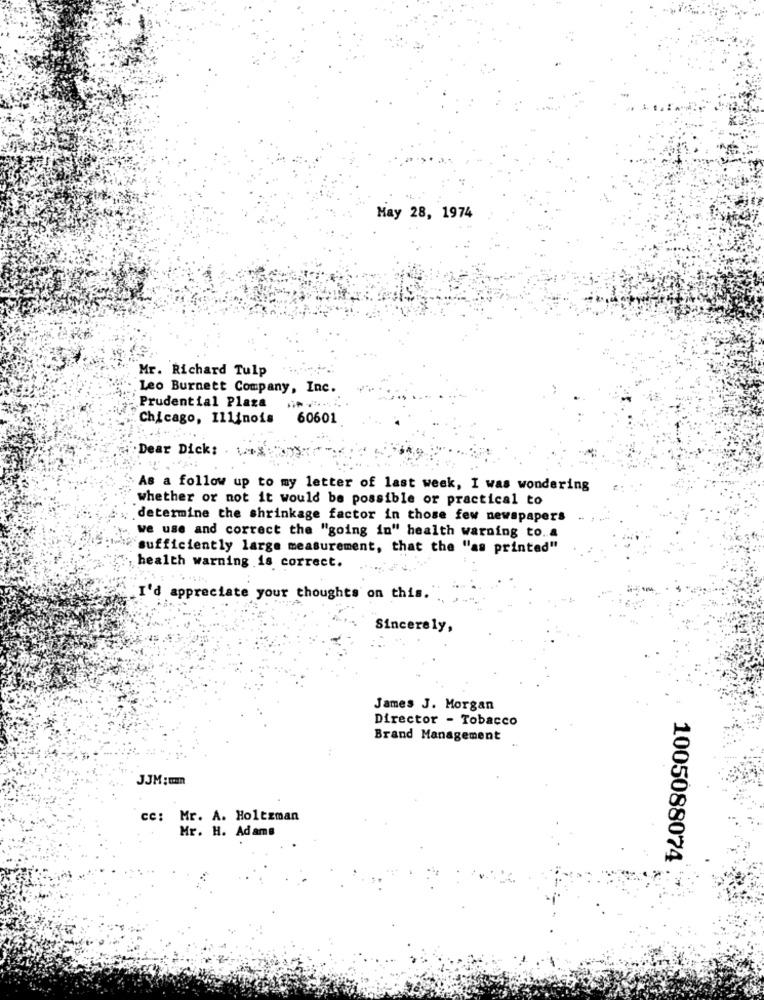
May 28, 1974
Mr. Richard Tulp
Leo Burnett Company, Inc.
Prudential Plaza
Chicago, Illinois
60601
Dear Dick:
As a follow up to my letter of last week, I was wondering
whether or not it would be possible or practical to
determine the shrinkage factor in those few newspapers
we use and correct the "going in" health warning to. a
"sufficiently large measurement, that the "as printed"
health warning is correct.
I'd appreciate your thoughts on this.
Sincerely,
James J. Morgan
Director - Tobacco
Brand Management
JJM :mm
cc: Mr. A. Holtzman
Mr. H. Adams
1005088074